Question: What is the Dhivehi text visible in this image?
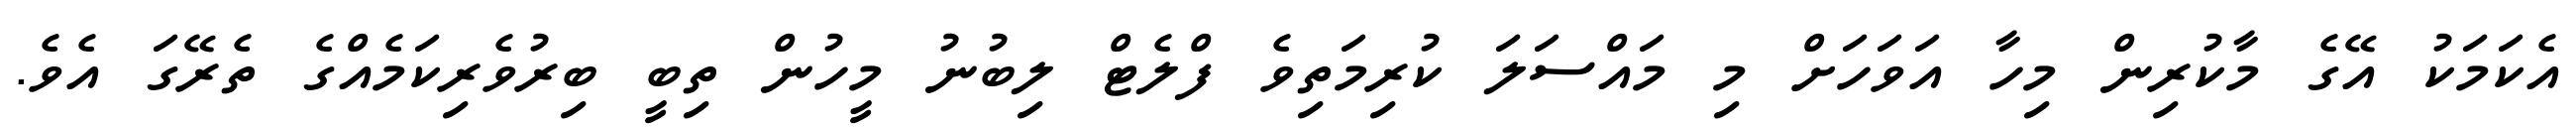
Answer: އެކަމަކު އޭގެ މާކުރިން މިހާ އަވަހަށް މި މައްސަލަ ކުރިމަތިވެ ފްލެޓް ލިބުނު މީހުން ތިބީ ބިރުވެރިކަމެއްގެ ތެރޭގަ އެވެ.